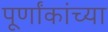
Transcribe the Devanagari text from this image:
पूर्णांकांच्या